Medical and sanitary report of the native army of Madras for the year
Year: 1876
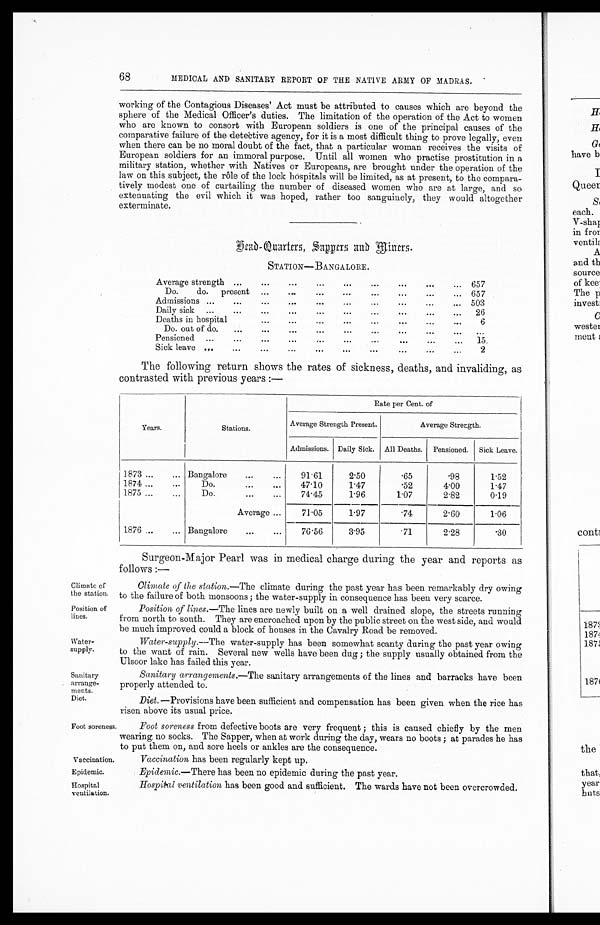
Climate of
the station.
Position of
lines.
Water-
supply.
Sanitary
arrange-
Diet.
Foot soreness.
Vaccination.
Epidemic.
68
MEDICAL AND SANITARY REPORT OF THE NATIVE ARMY OF MADRAS.
working of the Contagious Diseases' Act must be attributed to causes which are beyond the
sphere of the Medical Officer's duties. The limitation of the operation of the Act to women
who are known to consort with European soldiers is one of the principal causes of the
comparative failure of the detective agency, for it is a most difficult thing to prove legally, even
when there can be no moral doubt of the fact, that a particular woman receives the visits of
European soldiers for an immoral purpose. Until all women who practise prostitution in a
military station, whether with Natives or Europeans, are brought under the operation of the
law on this subject, the rôle of the lock hospitals will be limited, as at present, to the compara-
tively modest one of curtailing the number of diseased women who are at large, and so
extenuating the evil which it was hoped, rather too sanguinely, they would altogether
exterminate.
Head-Quarters, Sappers and Miners.
STATION—BANGALORE.
Average strength ...
...
...
...
...
...
...
... 657
D o.
do.
present ...
...
...
...
...
...
...
... 657
Admissions ...
...
...
...
...
... 503
Daily sick
...
...
...
...
...
...
...
26
Deaths in hospital.. . .
. . .
6
Do. out of do. ... ...
...
...
...
...
...
...
...
Pensioned
......
...
...
...
...
...
...
...
...
15.
Sick leave ...
...
...
... ...
...
......
...
...
2
The following return shows the rates of sickness, deaths, and invaliding, as
contrasted with previous years :—
Years.
Stations.
Rate per Cent. of
Average Strength Present.
Average Strength.
Admissions. Daily Sick. All Deaths.
Pensioned.
Sick Leave.
1873...
... Bangalore
...
...
91.61
2.50
.65
.98
1.52
1874 ...
...
Do.
...
...
47.10
1.47
.52
4.00
1.47
1875 ...
...
Do.
...
...
74.45
1.96
1.07
2.82
0.19
Average . . .
71.05
1.97
.74
2.60
1.06
1876 ..
... Bangalore
...
...
76.56
3.95
.71
2.28
.30
Surgeon-Major Pearl was in medical charge during the year and reports as
follows :—
Climate of the station.—The climate during the past year has been remarkably dry owing
to the failure of both monsoons ; the water-supply in consequence has been very scarce.
Position of lines.— The lines are newly built on a well drained slope, the streets running
from north to south. They are encroached upon by the public street on the west side, and would
be much improved could a block of houses in the Cavalry Road be removed.
Water-supply.— The water-supply has been somewhat scanty during the past year owing
to the want of rain. Several new wells have been dug ; the supply usually obtained from the
Ulsoor lake has failed this year.
Sanitary arrangements.—The sanitary arrangements of the lines and barracks have been
properly attended to.
Diet. —Provisions have been sufficient and compensation has been given when the rice has
risen above its usual price.
Foot soreness from defective boots are very frequent ; this is caused chiefly by the men
wearing no socks. The Sapper, when at work during the day, wears no boots ; at parades he has
to put them on, and sore heels or ankles are the consequence.
Vaccination has been regularly kept up.
Epidemic. — There has been no epidemic during the past year.
Hospital
ventilation.
Hospital ventilation has been good and sufficient. The wards have not been overcrowded.